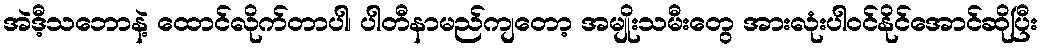
အဲဒီ့သဘောနဲ့ ထောင်လိုက်တာပါ၊ ပါတီနာမည်ကျတော့ အမျိုးသမီးတွေ အားလုံးပါဝင်နိုင်အောင်ဆိုပြီး